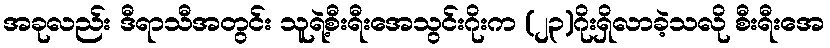
အခုလည်း ဒီရာသီအတွင်း သူရဲ့စီးရီးအေသွင်းဂိုးက (၂၃)ဂိုးရှိလာခဲ့သလို စီးရီးအေ